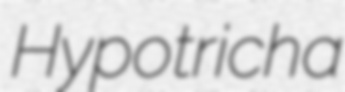
Hypotricha